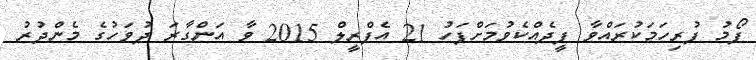
ފޯމު ފުރިހަމަކުރައްވާ ފީދެއްކެވުމަށްފަހު 21 އެޕްރީލް 2015 ވާ އަންގާރަ ދުވަހުގެ މެންދުރު